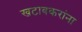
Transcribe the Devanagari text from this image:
खटावकरांना